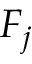
F _ { j }